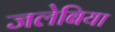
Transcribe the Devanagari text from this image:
जलेबिया